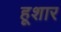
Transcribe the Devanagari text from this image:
हूशार